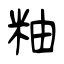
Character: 粙